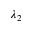
\lambda _ { 2 }